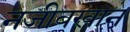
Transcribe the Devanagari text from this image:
नजीबखान